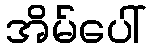
အိမ်ပေါ်